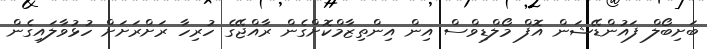
ބަށިބޯލް ފައުންޑޭޝަން އޮފް މޯލްޑިވްސް އިން އިންތިޒާމްކޮށްގެން ރާއްޖޭގެ ހުރިހާ ރަށްރަށަށް ހުޅުވާލައިގެން